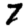
Digit: 7